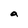
Character: a